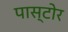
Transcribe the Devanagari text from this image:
पास्टोर